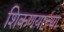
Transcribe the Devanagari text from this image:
शिकणयाच्या